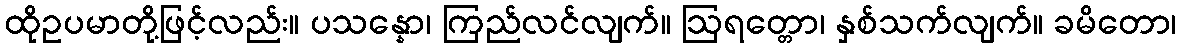
ထိုဥပမာတို့ဖြင့်လည်း။ ပသန္နော၊ ကြည်လင်လျက်။ ဩရတ္တော၊ နှစ်သက်လျက်။ ခမိတော၊